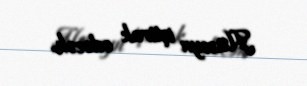
Hüseyn iştirak edəcək.